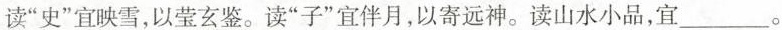
读”史”宜映雪，以莹玄鉴。读”子”宜伴月，以寄远神。读山水小品，宜___。